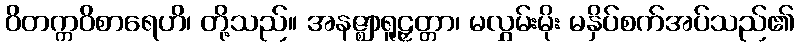
ဝိတက္ကဝိစာရေဟိ၊ တို့သည်။ အနဇ္ဈာရူဠှတ္တာ၊ မလွှမ်းမိုး မနှိပ်စက်အပ်သည်၏